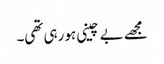
مجھے بے چینی ہو رہی تھی۔